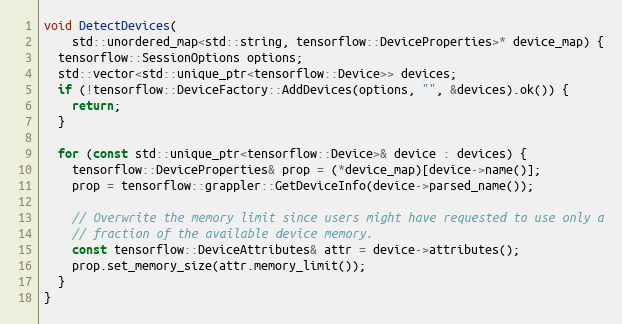
Language: C++
void DetectDevices(
    std::unordered_map<std::string, tensorflow::DeviceProperties>* device_map) {
  tensorflow::SessionOptions options;
  std::vector<std::unique_ptr<tensorflow::Device>> devices;
  if (!tensorflow::DeviceFactory::AddDevices(options, "", &devices).ok()) {
    return;
  }

  for (const std::unique_ptr<tensorflow::Device>& device : devices) {
    tensorflow::DeviceProperties& prop = (*device_map)[device->name()];
    prop = tensorflow::grappler::GetDeviceInfo(device->parsed_name());

    // Overwrite the memory limit since users might have requested to use only a
    // fraction of the available device memory.
    const tensorflow::DeviceAttributes& attr = device->attributes();
    prop.set_memory_size(attr.memory_limit());
  }
}